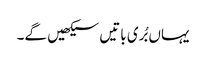
یہاں بُری باتیں سیکھیں گے۔